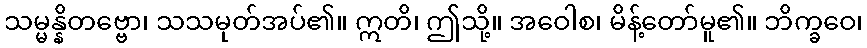
သမ္မန္နိတဗ္ဗော၊ သသမုတ်အပ်၏။ ဣတိ၊ ဤသို့။ အဝေါစ၊ မိန့်တော်မူ၏။ ဘိက္ခဝေ၊